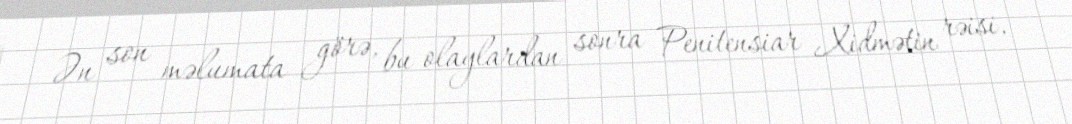
Ən son məlumata görə, bu olaylardan sonra Penitensiar Xidmətin rəisi,